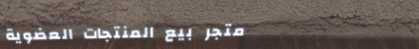
متجر بيع المنتجات العضوية